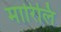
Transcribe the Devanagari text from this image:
मारिलि